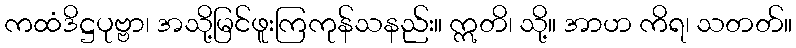
ကထံဒိဋ္ဌပုဗ္ဗာ၊ အသို့မြင်ဖူးကြကုန်သနည်း။ ဣတိ၊ သို့။ အာဟ ကိရ၊ သတတ်။